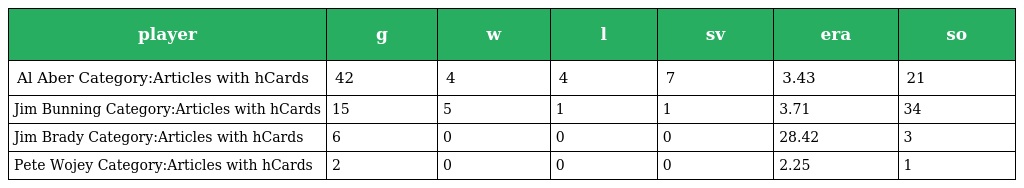
| player | g | w | l | sv | era | so |
 | --- | --- | --- | --- | --- | --- | --- |
 | Al Aber Category:Articles with hCards | 42 | 4 | 4 | 7 | 3.43 | 21 |
 | Jim Bunning Category:Articles with hCards | 15 | 5 | 1 | 1 | 3.71 | 34 |
 | Jim Brady Category:Articles with hCards | 6 | 0 | 0 | 0 | 28.42 | 3 |
 | Pete Wojey Category:Articles with hCards | 2 | 0 | 0 | 0 | 2.25 | 1 |